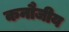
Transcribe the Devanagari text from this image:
कनौजीय